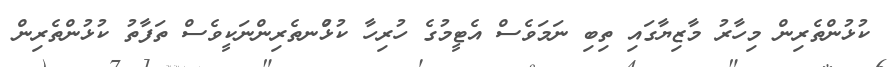
ކުޅުންތެރިން މިހާރު މާޒިޔާގައި ތިބި ނަމަވެސް އެޓީމުގެ ހުރިހާ ކުޅުްނތެރިންނަކީވެސް ތަފާތު ކުޅުންތެރިން